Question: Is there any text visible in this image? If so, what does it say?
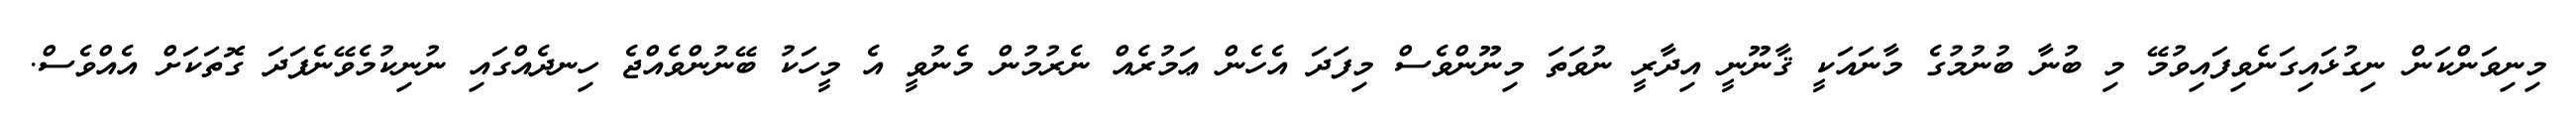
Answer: މިނިވަންކަން ނިގުޅައިގަނެވިފައިވުމޭ މި ބުނާ ބުނުމުގެ މާނައަކީ ޤާނޫނީ އިދާރީ ނުވަތަ މިނޫންވެސް މިފަދަ އެހެން ޢަމުރެއް ނެރުމުން މެނުވީ އެ މީހަކު ބޭނުންވެއްޖެ ހިނދެއްގައި ނުނިކުމެވޭނެފަދަ ގޮތަކަށް އެއްވެސް.